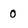
Character: 0